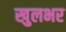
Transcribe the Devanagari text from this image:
खुलभर